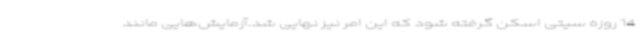
14 روزه سیتی اسکن گرفته شود که این امر نیز نهایی شد.آزمایش‌هایی مانند